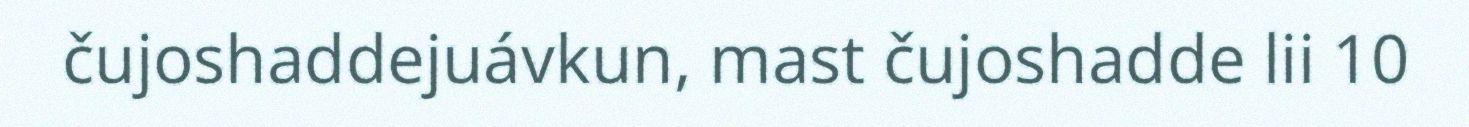
čujoshaddejuávkun, mast čujoshadde lii 10